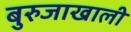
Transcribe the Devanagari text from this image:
बुरुजाखाली